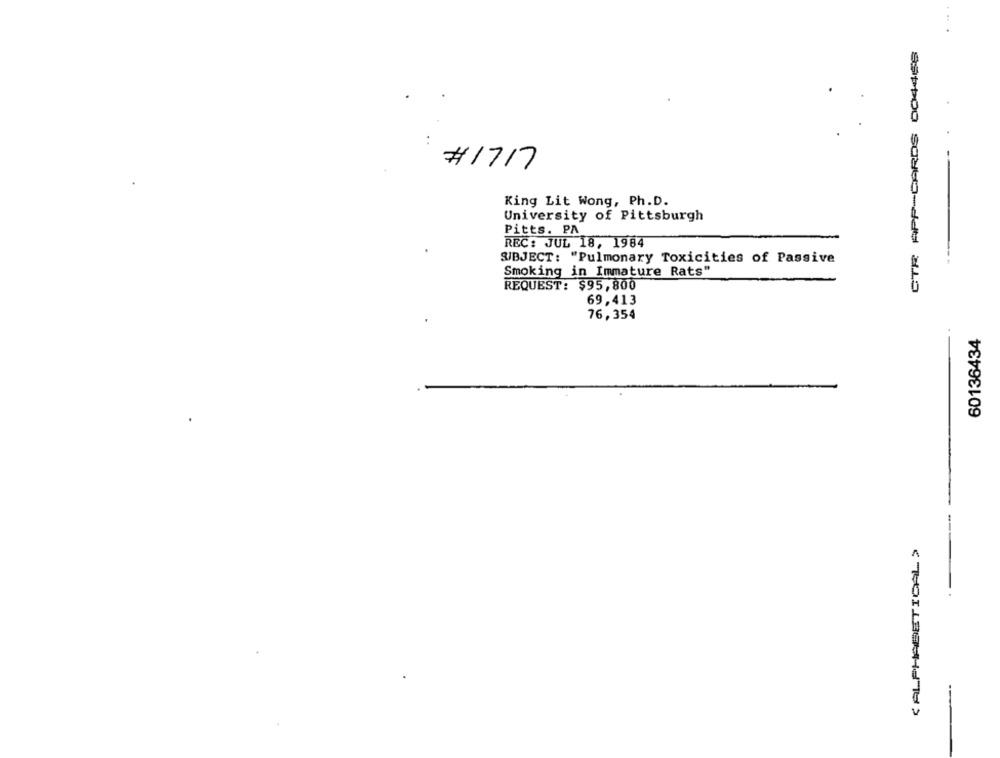
CTR APP-CARDS 004468
# 1717
King Lit Wong, Ph. D.
University of Pittsburgh
Pitts. PA
REC: JUL 18, 1984
SUBJECT: "Pulmonary Toxicities of Passive
Smoking in Immature Rats"
REQUEST: $95,800
69,413
76,354
60136434
(ALPHABETICAL >